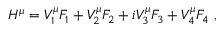
H ^ { \mu } = V _ { 1 } ^ { \mu } F _ { 1 } + V _ { 2 } ^ { \mu } F _ { 2 } + i V _ { 3 } ^ { \mu } F _ { 3 } + V _ { 4 } ^ { \mu } F _ { 4 } \; ,